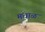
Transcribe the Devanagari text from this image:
मधाळ